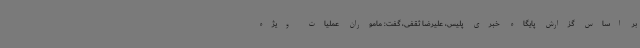
بر اساس گزارش پایگاه خبری پلیس، علیرضا ثقفی، گفت: ماموران عملیات ویژه